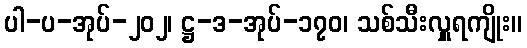
ပါ-ပ-အုပ်-၂၀၂၊ ဋ္ဌ-ဒ-အုပ်-၁၇၀၊ သစ်သီးလှူရကျိုး။